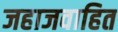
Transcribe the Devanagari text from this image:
जहाजवाहित